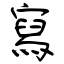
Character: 寫